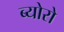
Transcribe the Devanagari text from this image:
ब्योरो